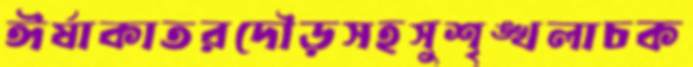
ঈর্ষাকাতরদৌড়সহসুশৃঙ্খলাচক